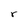
Character: r